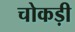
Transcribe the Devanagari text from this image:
चोकड़ी